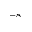
^ { - 8 }